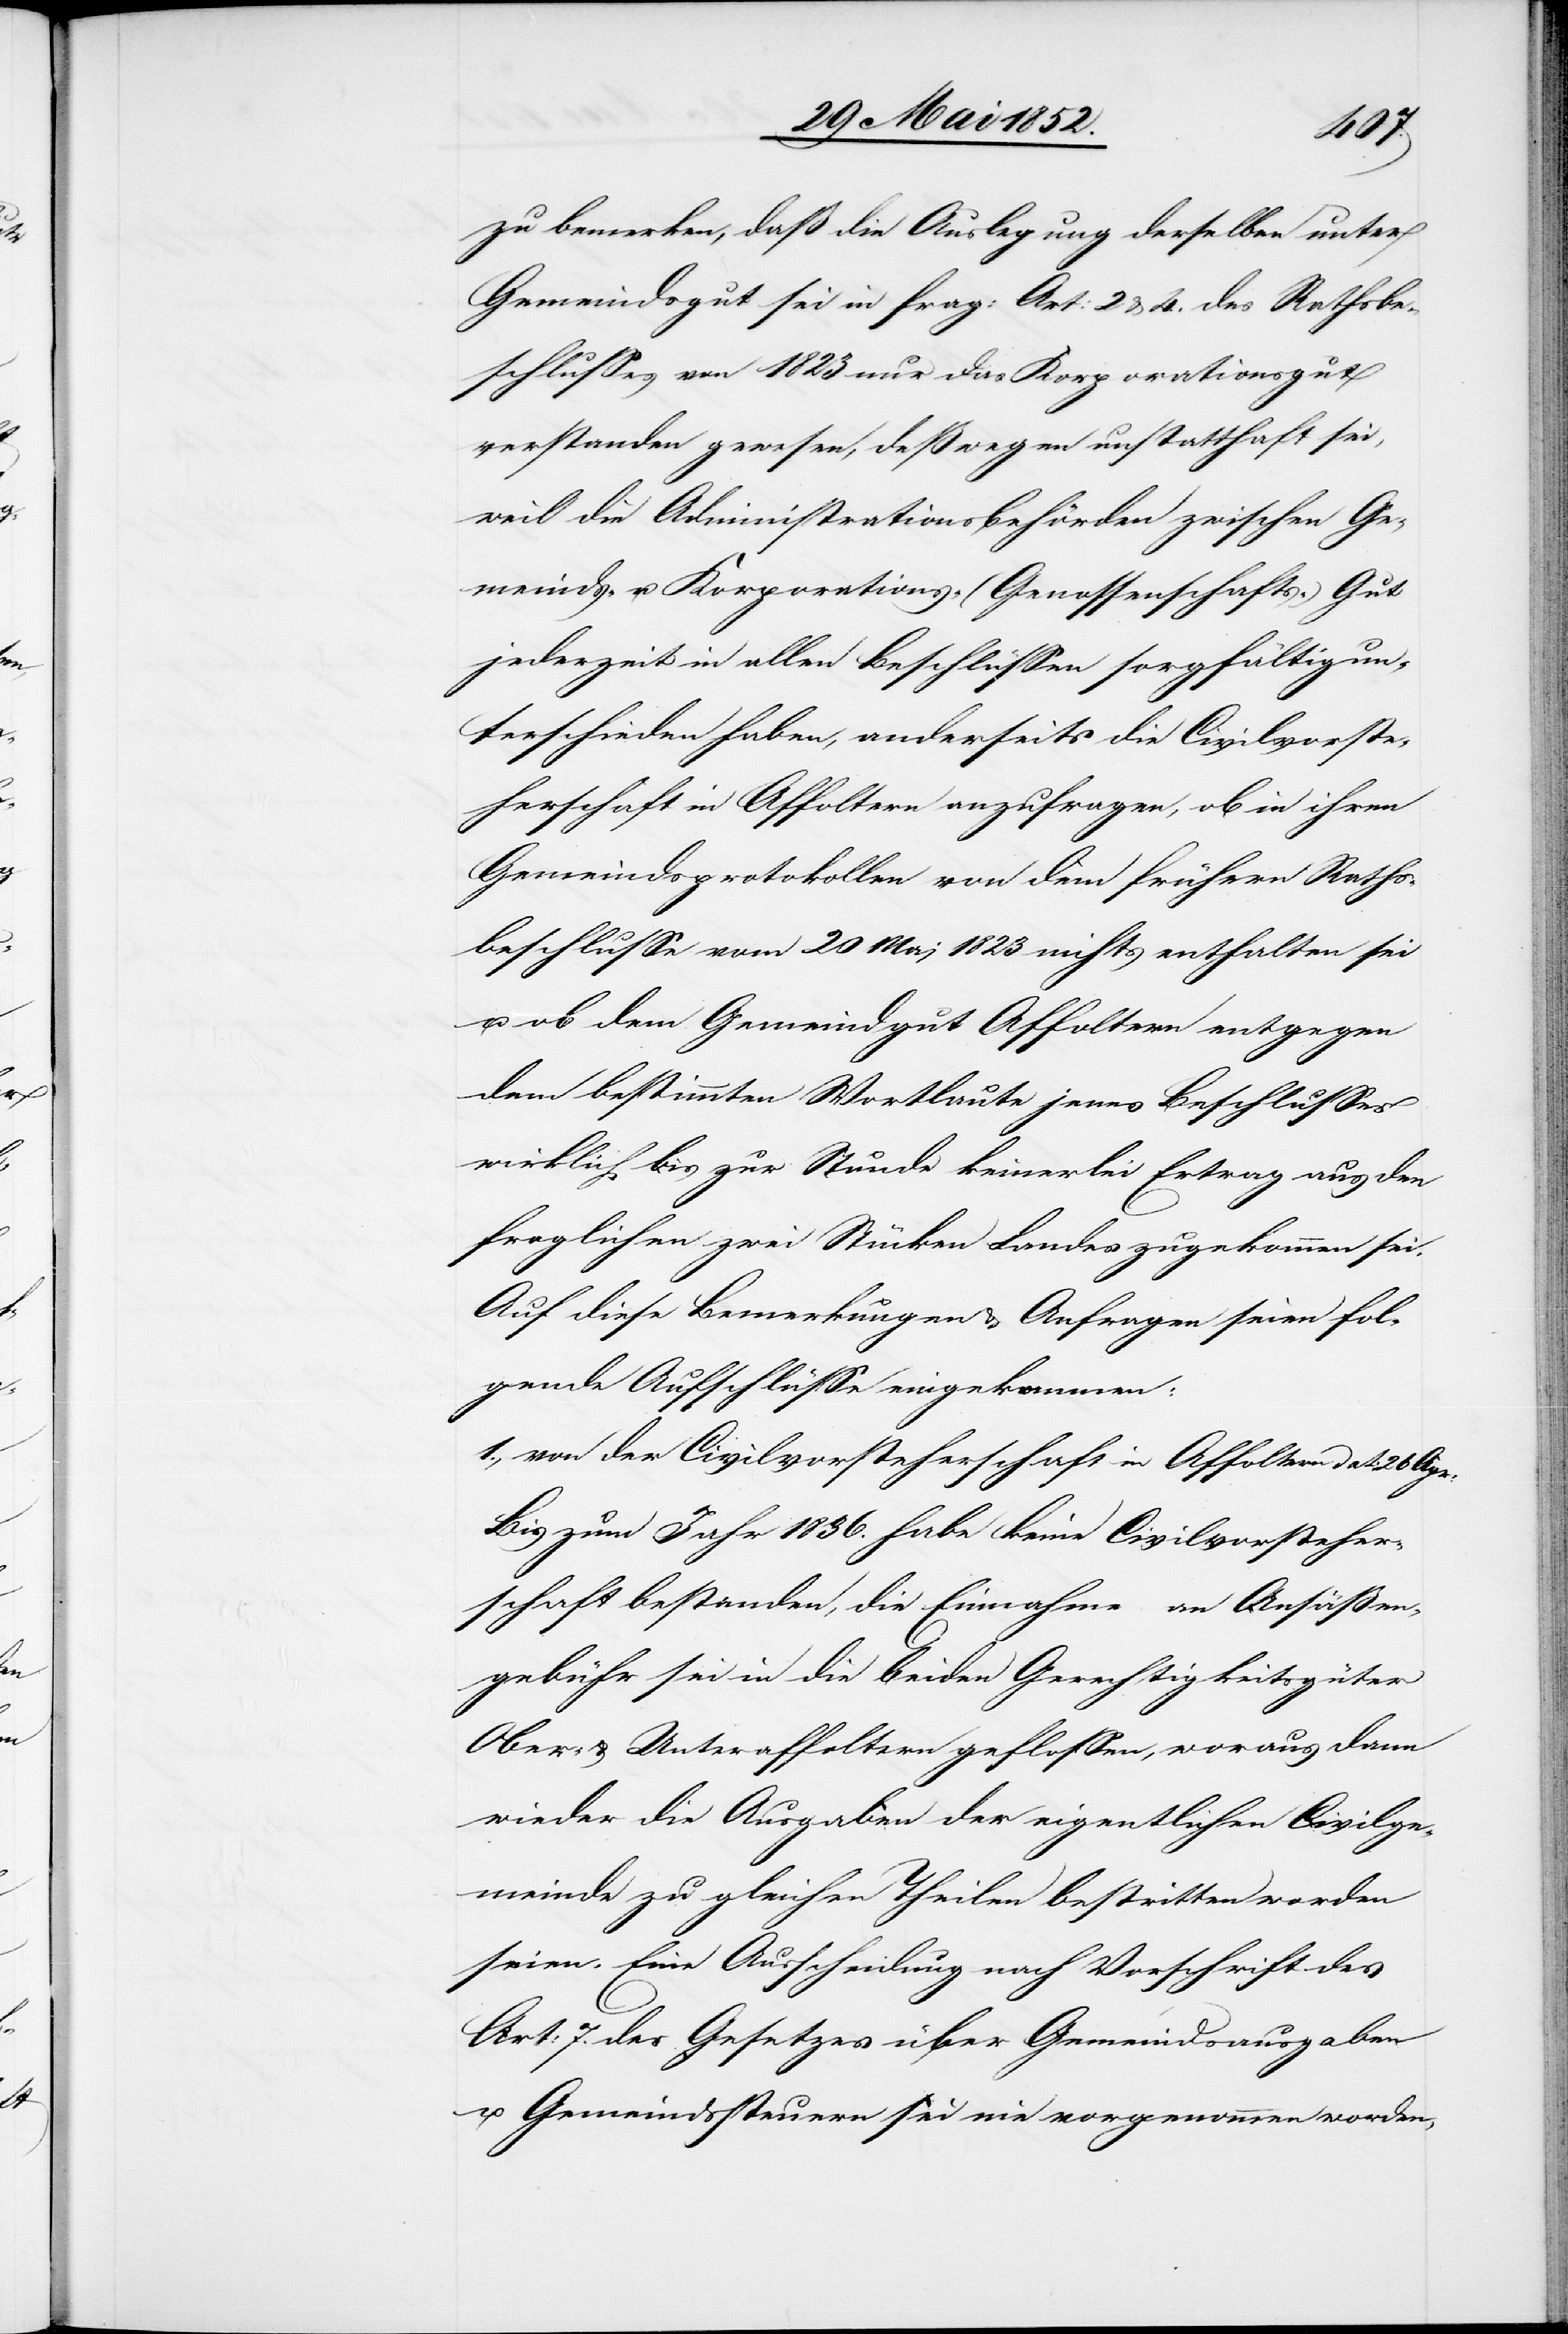
zu bemerken, daß die Auslegung derselben[,] unter
Gemeindsgut sei in frag: Art: 2 & 4. des Rathsbe¬
schlusses von 1823 nur das Korporationsgut
verstanden gewesen, deßwegen unstatthaft sei,
weil die Administrationsbehörden zwischen Ge¬
meinds- u. Korporations- (Genossenschafts-) Gut
jederzeit in allen Beschlüssen sorgfältig un¬
terschieden haben, anderseits die Civilvorste¬
herschaft in Affoltern anzufragen, ob in ihren
Gemeindsprotokollen von dem frühern Raths¬
beschlusse vom 20 Mai 1823 nichts enthalten sei
u. ob dem Gemeindgut Affoltern entgegen
dem bestimmten Wortlaute jenes Beschlusses
wirklich bis zur Stunde keinerlei Ertrag aus den
fraglichen zwei Stücken Landes zugekommen sei.
Auf diese Bemerkungen & Anfragen seien fol¬
gende Aufschlüsse eingekommen:
1., von der Civilvorsteherschaft in Affoltern dat: 26 Apr:
Bis zum Jahr 1836. habe keine Civilvorsteher¬
schaft bestanden, die Einnahme an Ansäßen¬
gebühr sei in die beiden Gerechtigkeitsgüter
Ober- & Unteraffoltern geflossen, woraus dann
wieder die Ausgaben der eigentlichen Civilge¬
meinde zu gleichen Theilen bestritten worden
seien. Eine Ausscheidung nach Vorschrift des
Art: 7. des Gesetzes über Gemeindsausgaben
u. Gemeindssteuern sei nie vorgenommen worden,